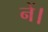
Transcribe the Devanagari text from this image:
नें।